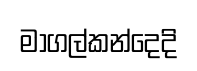
මාගල්කන්දෙදි